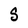
Character: S